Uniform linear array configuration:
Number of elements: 4
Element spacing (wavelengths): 0.75
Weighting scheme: blackman
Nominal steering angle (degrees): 30
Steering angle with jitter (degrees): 31.613
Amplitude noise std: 0.05
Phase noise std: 0.05

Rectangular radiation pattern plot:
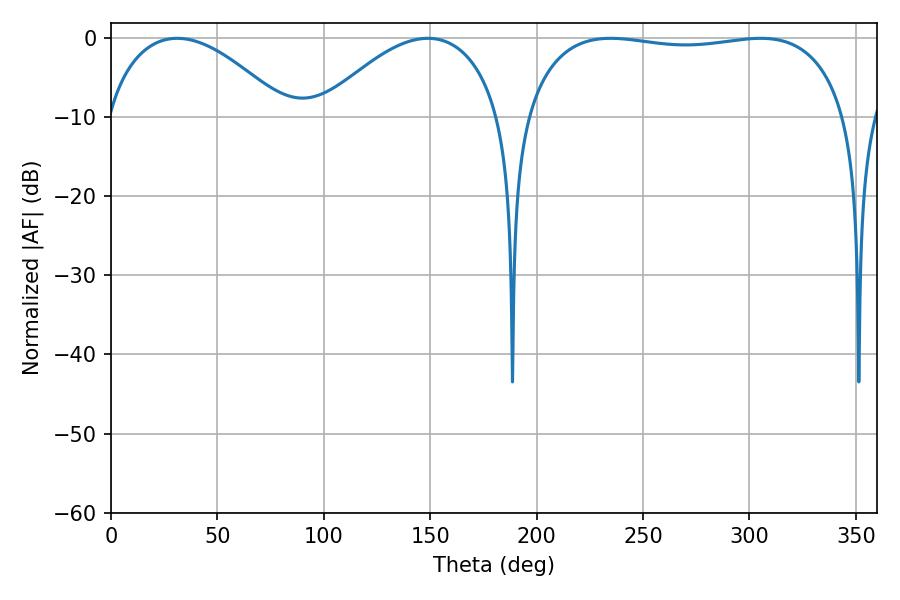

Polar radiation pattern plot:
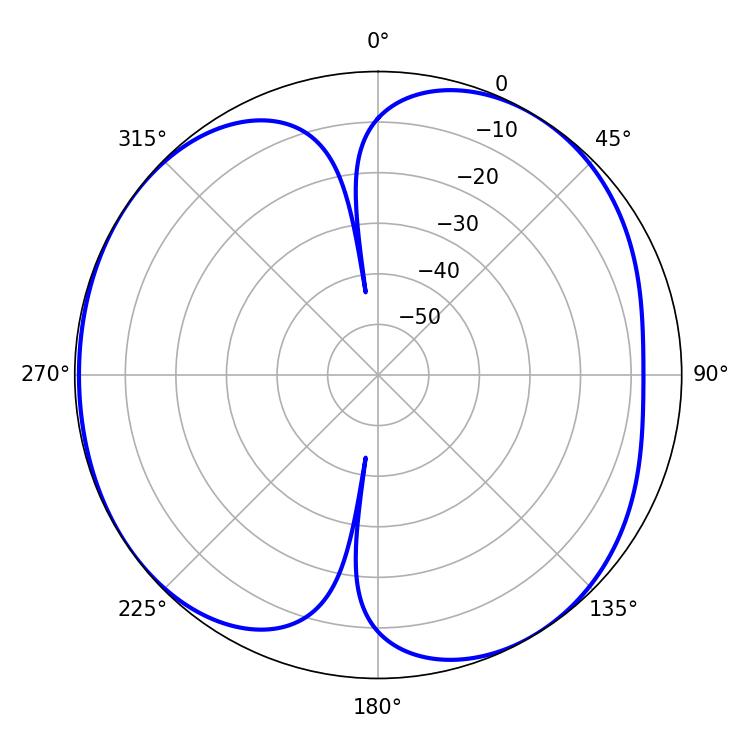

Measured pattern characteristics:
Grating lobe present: TRUE
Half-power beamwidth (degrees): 122.04
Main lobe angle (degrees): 234.72